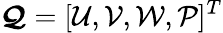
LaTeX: \boldsymbol{\mathcal{Q}}=[\mathcal{U},\mathcal{V},\mathcal{W},\mathcal{P}]^{T}